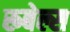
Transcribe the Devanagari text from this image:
रूबेल्स